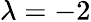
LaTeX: \lambda=-2